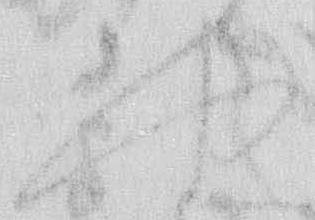
や